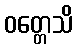
ဝတ္တေသိ